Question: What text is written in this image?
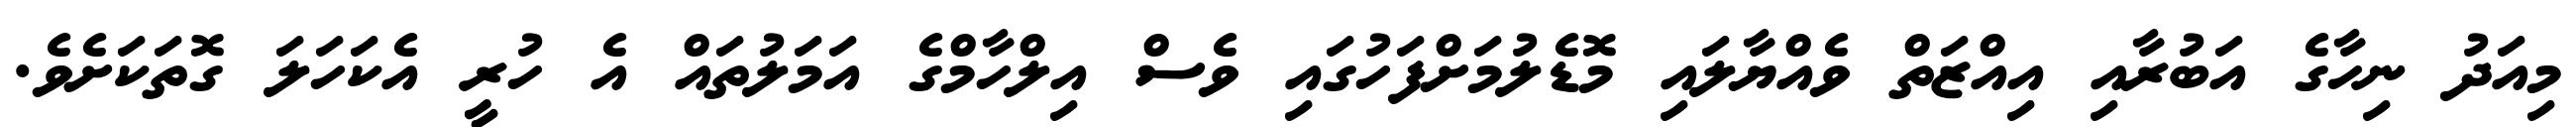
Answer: މިއަދު ނިހާގެ އަބުރާއި އިއްޒަތް ވެއްޔާލައި މޮޑެލުމަށްފަހުގައި ވެސް އިލްހާމްގެ އަމަލުތައް އެ ހުރީ އެކަހަލަ ގޮތަކަށެވެ.